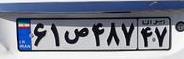
۶۱ص۴۸۷۴۷